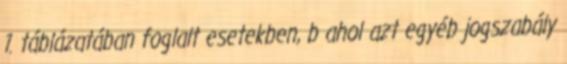
1. táblázatában foglalt esetekben, b ahol azt egyéb jogszabály